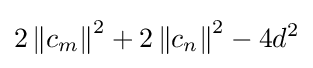
2\left\|c_{m}\right\|^{2}+2\left\|c_{n}\right\|^{2}-4d^{2}